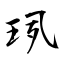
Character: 珟